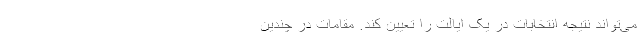
می‌تواند نتیجه انتخابات در یک ایالت را تعیین کند. مقامات در چندین